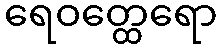
ရေဝတ္ထေရော